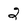
Character: 2